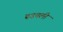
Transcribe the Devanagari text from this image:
रूउपली